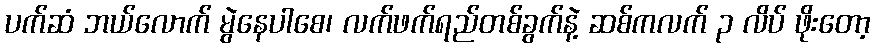
ပက်ဆံ ဘယ်လောက် မွဲနေပါစေ၊ လက်ဖက်ရည်တစ်ခွက်နဲ့ ဆစ်ကလက် ၃ လိပ် ဖိုးတော့